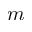
m